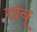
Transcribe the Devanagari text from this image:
खंबू